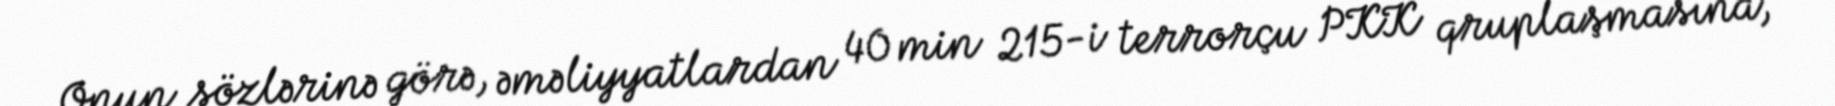
Onun sözlərinə görə, əməliyyatlardan 40 min 215-i terrorçu PKK qruplaşmasına,